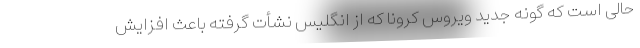
حالی است که گونه جدید ویروس کرونا که از انگلیس نشأت گرفته باعث افزایش